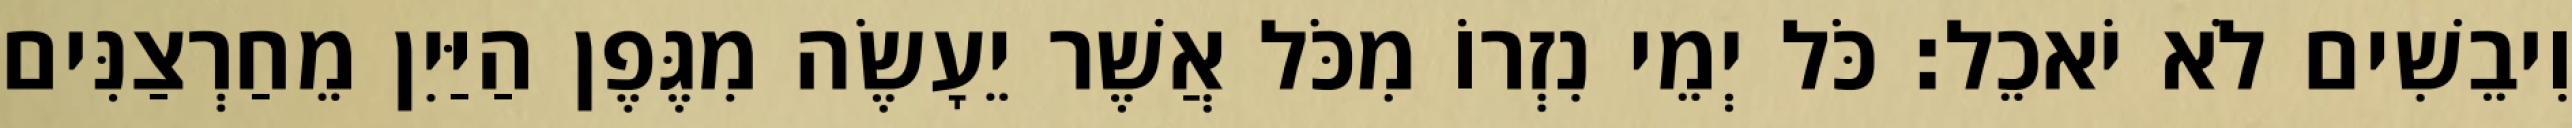
וִיבֵשִׁים לֹא יֹאכֵל׃ כֹּל יְמֵי נִזְרוֹ מִכֹּל אֲשֶׁר יֵעָשֶׂה מִגֶּפֶן הַיַּיִן מֵחַרְצַנִּים